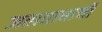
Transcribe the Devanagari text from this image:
जलतत्त्वाची